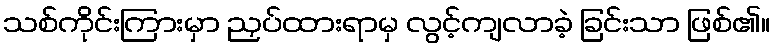
သစ်ကိုင်းကြားမှာ ညှပ်ထားရာမှ လွင့်ကျလာခဲ့ ခြင်းသာ ဖြစ်၏။